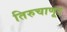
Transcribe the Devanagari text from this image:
तिरुचाणूर